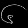
Digit: ၆